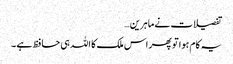
تفصیلات نے ماہرین…
یہ کام ہوا تو پھر اس ملک کا اللہ ہی حافظ ہے ۔